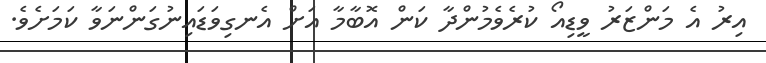
އިރު އެ މަންޒަރު ވީޑިއޯ ކުރެވެމުންދާ ކަން އޮބާމާ އަށް އެނގިވަޑައިނުގަންނަވާ ކަމަށެވެ.